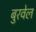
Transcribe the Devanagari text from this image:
बुरवेल